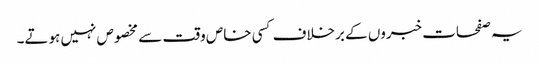
یہ صفحات خبروں کے برخلاف کسی خاص وقت سے مخصوص نہیں ہوتے۔